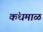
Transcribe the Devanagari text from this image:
कंधमाळ